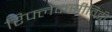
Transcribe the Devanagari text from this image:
रिफ्लेकसीविटी